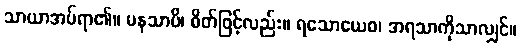
သာယာအပ်ရာ၏။ မနသာပိ၊ စိတ်ဖြင့်လည်း။ ရသောယေဝ၊ အရသာကိုသာလျှင်။